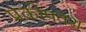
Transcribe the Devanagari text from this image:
प्रकोपवश